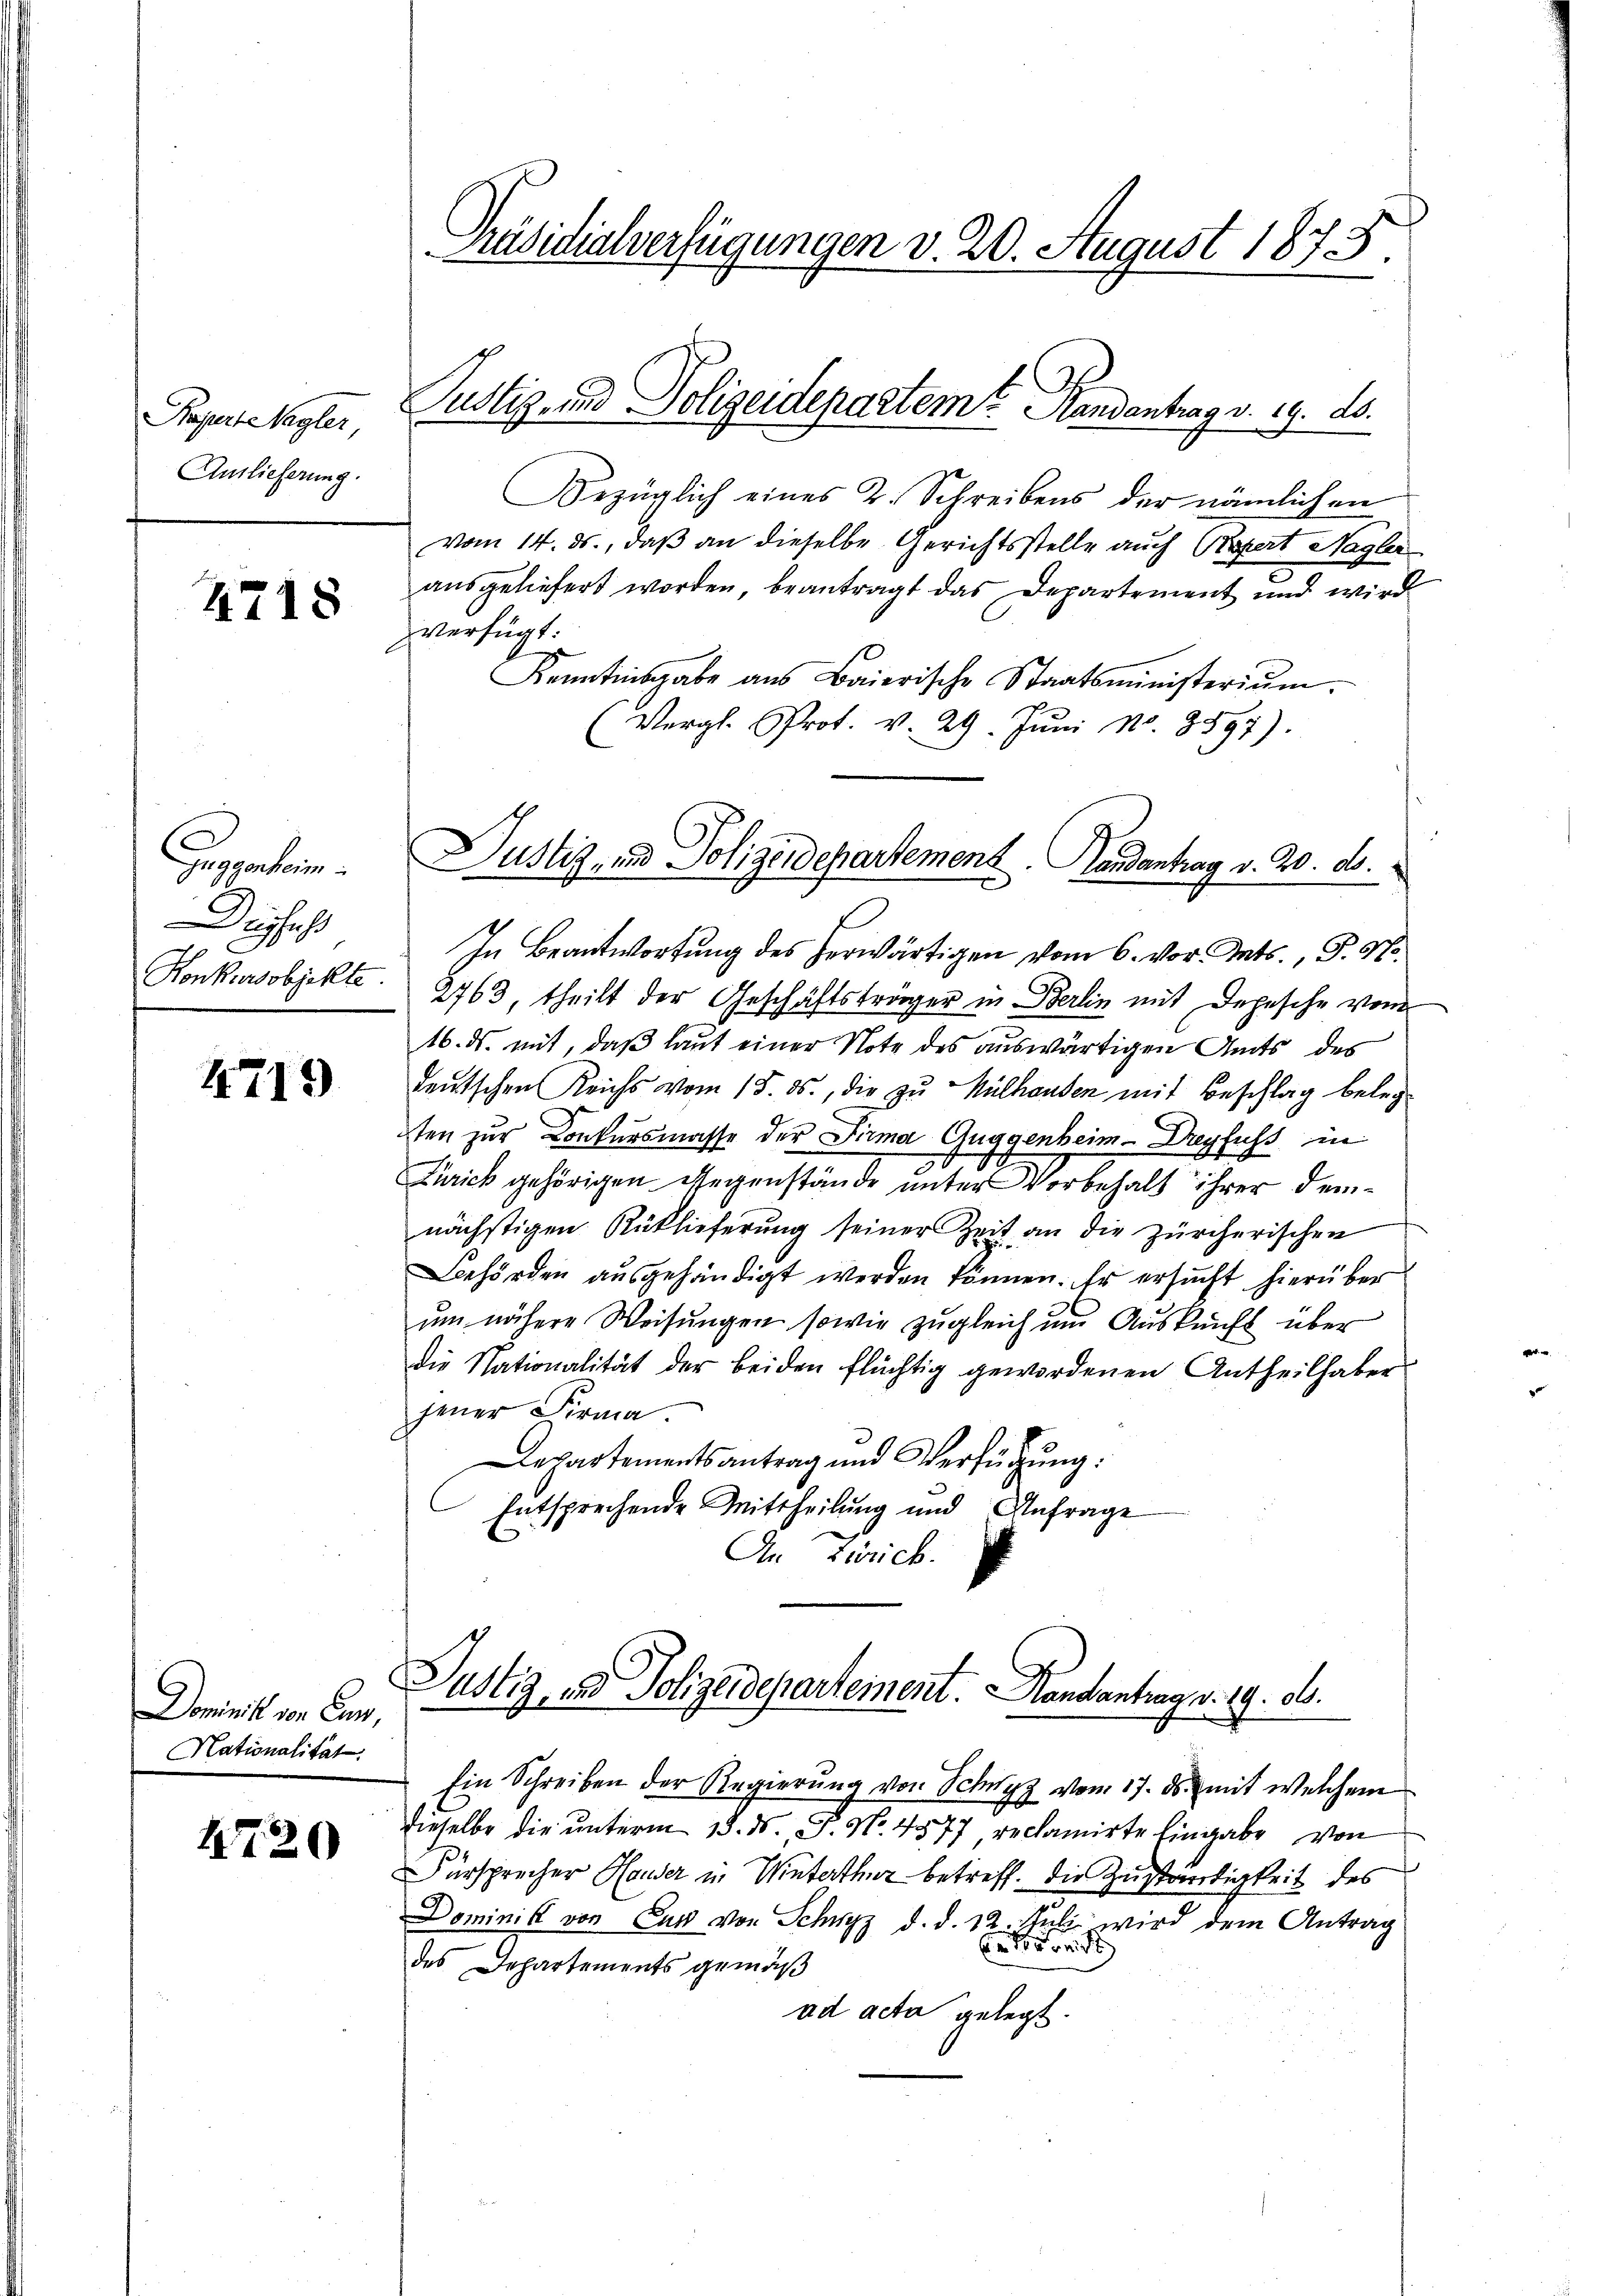
Raperte Sayler,
Anlieferung.

4718

uggenheim.
Dissess

4719

Dominist von Can
Nationalität.

4720

Präsidialverfügungen v. 20. August 1873.

Bezüglich eines 2. Schreibens der nämlichen
vom 14. ds., daß an dieselbe Gerichtsstelle auch Pepert Nagler
ausgeliefert worden, beantragt das Departement und wird
verfügt:
s
Kenntnisgabe aus Baierische Staatsministerium.
Vergl. Prot. v. 29. Jŭni Nr. 8897).

Pustigend Polizeidepartem Randantrag v. 19. ds.

In Beantwortung des herwärtigen vom 6. Vor Tats., P. Nr.
Konkursobjekte. 2763, theilt der Geschäftsträger in Berlin mit Depesche vom
16. ds. mit, daß laut einer Note des auswärtigen Amts des
deutschen Reichs vom 15. ds., die zu Mülhausen mit Beschlag belegten zur Konkursmasse der Firma Guggenheim - Dreyfuss in
Zürich gehörigen Gegenstände unter Vorbehalt ihrer demnächstigen Rüklieferung seiner Zeit an die zürcherischen
Behörden ausgehändigt werden können. Er ersucht hierüber
um nähere Weisŭngen sowie zŭgleich ŭm Aŭskŭnft über
die Nationalität der beiden flüchtig gewordenen Antheilhaber
jener Firma.
Departementsantrag und Verfügung:
Entsprechende Mittheilung und Anfrage
In Zürich.

Justiz- und Polizeidepartement. Handantrag v. 19. ds.

Ein Schreiben der Regierŭng von Schwyz vom 17. ds. mit welchem
dieselbe die unterm 13. ds. P. Nr. 4577, reclamirte Eingabe von
Fürsprecher Hauser in Winterthur betreff. Die Zuständigkeit des
Dominist von Cur von Schwyz d. d. 12. Juli wird dem Antrag
Ensonst
des Departements gemäß
ad acta gelegt.

Dustiz- und Polizeidepartement. Landantrag v. 20. ds.